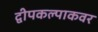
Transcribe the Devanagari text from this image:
द्वीपकल्पाकवर